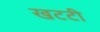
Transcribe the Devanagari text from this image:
खटटी